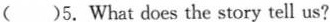
( )5.What does the story tell us?